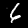
Label: 6